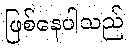
ဖြစ်နေပါသည်